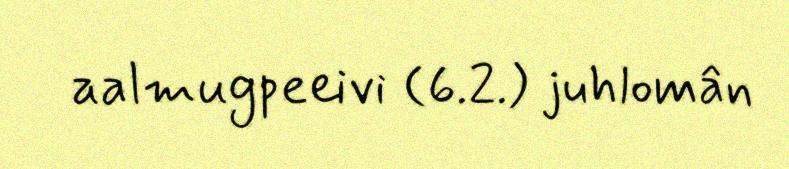
aalmugpeeivi (6.2.) juhlomân